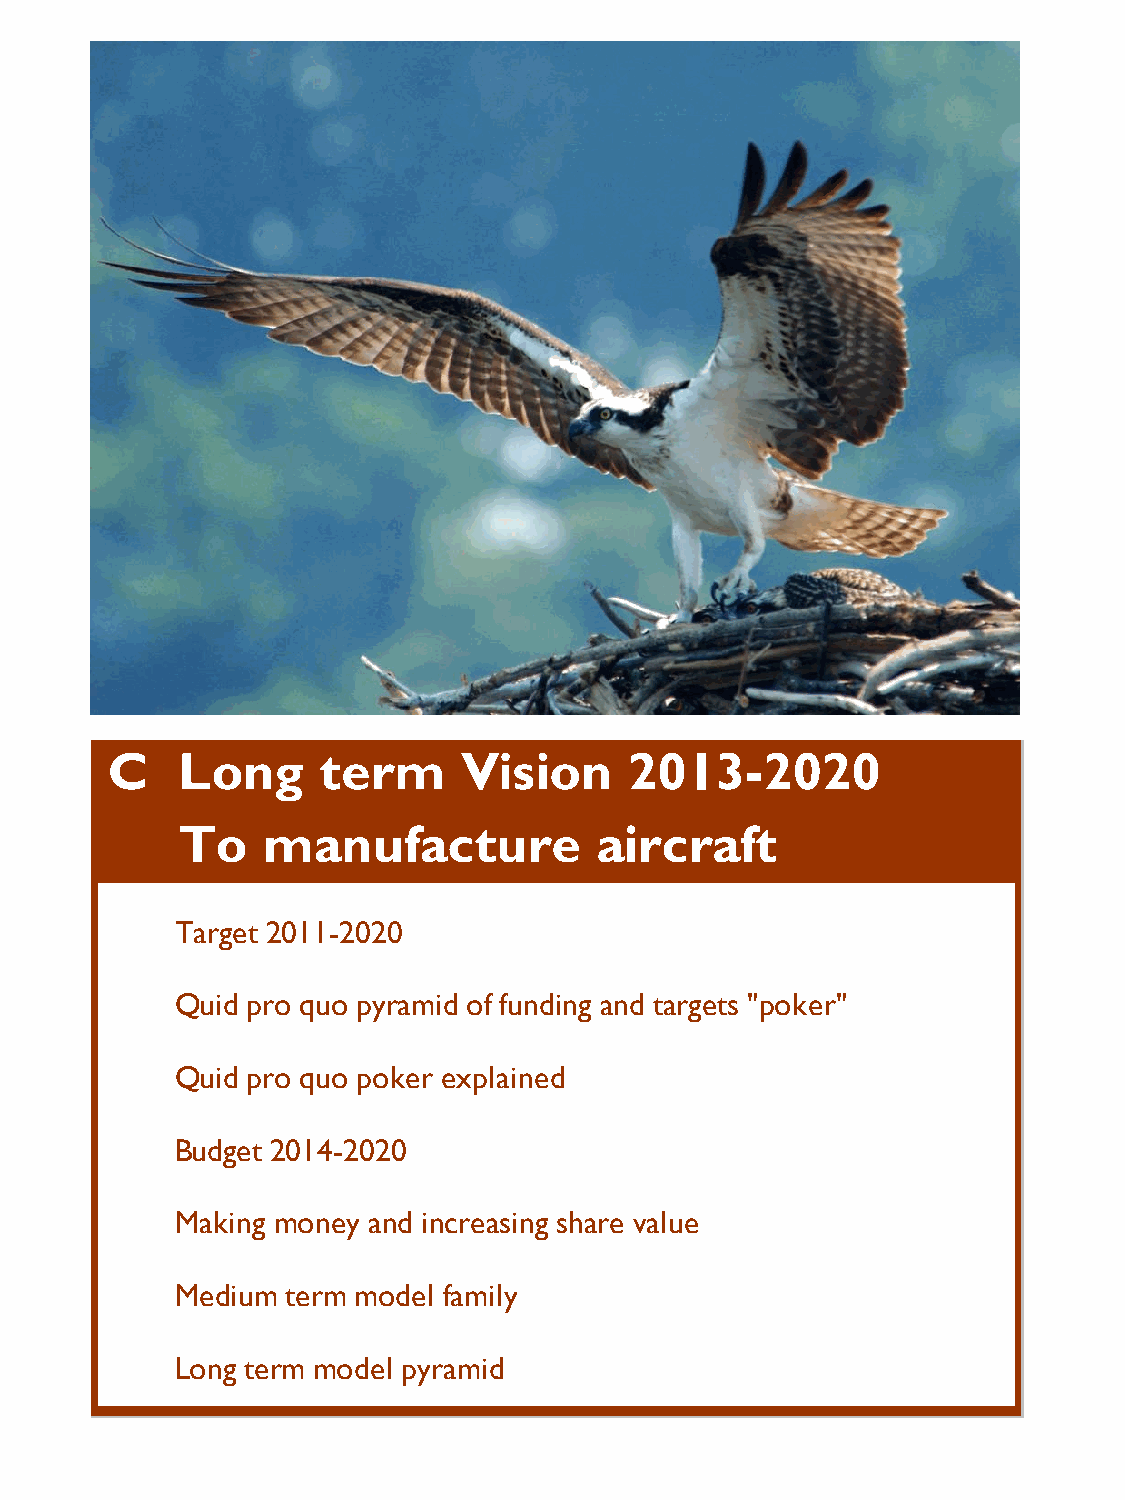
C    Long     term      Vision     2013-2020
 To   manufacture           aircraft
 Target 2011-2020
 Quid pro quo pyramid of funding and targets "poker"
 Quid pro quo poker explained
 Budget 2014-2020
 Making money and increasing share value
 Medium term model family
 Long term model pyramid
 P r o s p e c t u s : N a v i g A e r o L i m i t e d : C o p y r i g h t B e n C o l l i n s